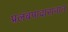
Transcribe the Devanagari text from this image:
प्रलंबपादासनात